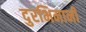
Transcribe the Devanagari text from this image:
दुरभिमानी